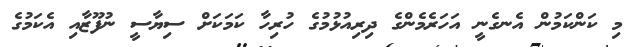
މި ކަންކަމުން އެނގެނީ އަހަރެމެންގެ ދިރިއުޅުމުގެ ހުރިހާ ކަމަކަށް ސިޔާސީ ނުފޫޒާއި އެކަމުގެ